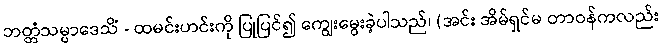
ဘတ္တံသမ္ပာဒေသိံ - ထမင်းဟင်းကို ပြုပြင်၍ ကျွေးမွေးခဲ့ပါသည်၊ (အင်း အိမ်ရှင်မ တာဝန်ကလည်း